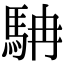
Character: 𩢡